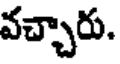
వచ్చారు.